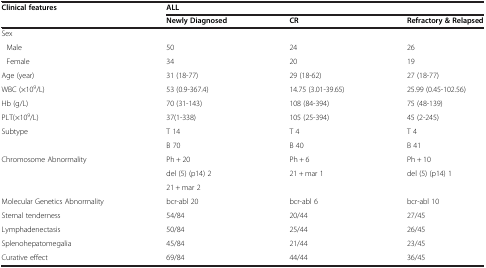
<table><thead><tr><td><b>Clinical features</b></td><td colspan="3"><b>ALL</b></td></tr><tr><td></td><td><b>Newly Diagnosed</b></td><td><b>CR</b></td><td><b>Refractory &amp; Relapsed</b></td></tr></thead><tbody><tr><td>Sex</td><td></td><td></td><td></td></tr><tr><td>Male</td><td>50</td><td>24</td><td>26</td></tr><tr><td>Female</td><td>34</td><td>20</td><td>19</td></tr><tr><td>Age (year)</td><td>31 (18-77)</td><td>29 (18-62)</td><td>27 (18-77)</td></tr><tr><td>WBC (×10<sup>9</sup>/L)</td><td>53 (0.9-367.4)</td><td>14.75 (3.01-39.65)</td><td>25.99 (0.45-102.56)</td></tr><tr><td>Hb (g/L)</td><td>70 (31-143)</td><td>108 (84-394)</td><td>75 (48-139)</td></tr><tr><td>PLT(×10<sup>9</sup>/L)</td><td>37(1-338)</td><td>105 (25-394)</td><td>45 (2-245)</td></tr><tr><td rowspan="2">Subtype</td><td>T 14</td><td>T 4</td><td>T 4</td></tr><tr><td>B 70</td><td>B 40</td><td>B 41</td></tr><tr><td rowspan="3">Chromosome Abnormality</td><td>Ph + 20</td><td>Ph + 6</td><td>Ph + 10</td></tr><tr><td>del (5) (p14) 2</td><td>21 + mar 1</td><td>del (5) (p14) 1</td></tr><tr><td>21 + mar 2</td><td></td><td></td></tr><tr><td>Molecular Genetics Abnormality</td><td>bcr-abl 20</td><td>bcr-abl 6</td><td>bcr-abl 10</td></tr><tr><td>Sternal tenderness</td><td>54/84</td><td>20/44</td><td>27/45</td></tr><tr><td>Lymphadenectasis</td><td>50/84</td><td>25/44</td><td>26/45</td></tr><tr><td>Splenohepatomegalia</td><td>45/84</td><td>21/44</td><td>23/45</td></tr><tr><td>Curative effect</td><td>69/84</td><td>44/44</td><td>36/45</td></tr></tbody></table>